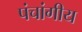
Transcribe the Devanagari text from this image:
पंचांगीय